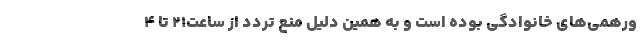
ورهمی‌های خانوادگی بوده است و به همین دلیل منع تردد از ساعت۲۱ تا ۴